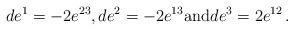
LaTeX: \begin{align*}de^1=-2e^{23}, de^2=-2e^{13} \textrm{and} de^3=2e^{12}\,.\end{align*}